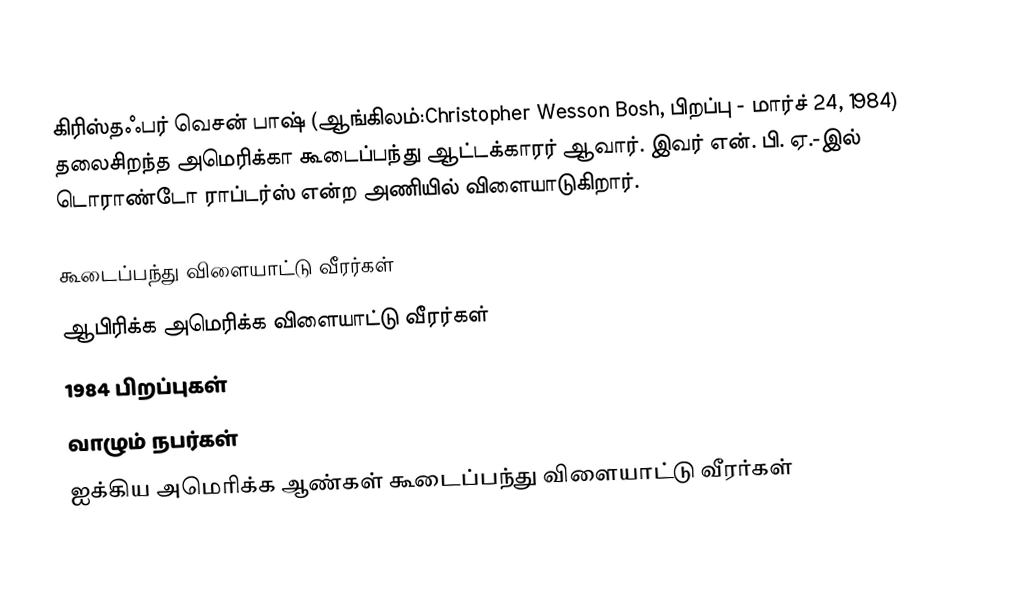
கிரிஸ்தஃபர் வெசன் பாஷ் (ஆங்கிலம்:Christopher Wesson Bosh, பிறப்பு - மார்ச் 24, 1984) தலைசிறந்த அமெரிக்கா கூடைப்பந்து ஆட்டக்காரர் ஆவார். இவர் என். பி. ஏ.-இல் டொராண்டோ ராப்டர்ஸ் என்ற அணியில் விளையாடுகிறார்.

கூடைப்பந்து விளையாட்டு வீரர்கள்
ஆபிரிக்க அமெரிக்க விளையாட்டு வீரர்கள்
1984 பிறப்புகள்
வாழும் நபர்கள்
ஐக்கிய அமெரிக்க ஆண்கள் கூடைப்பந்து விளையாட்டு வீரர்கள்